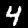
Digit: 4